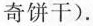
奇饼干).